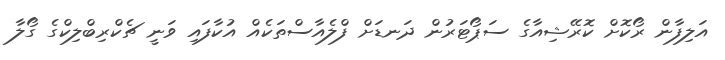
އަލިފާން ރޯކޮށް ކޮރޭޝިއާގެ ސަޕޯޓަރުން ދަނޑަށް ފްލެއާސްތަކެއް އުކާފައި ވަނީ ޗެކްރިބްލިކްގެ ގޯލާ